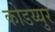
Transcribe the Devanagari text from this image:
कोडय्युर